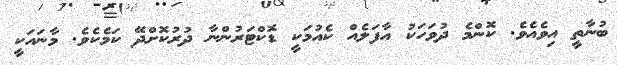
ބުނާތީ އިވެއެވެ. ކޮންމެ ދުވަހަކު އާފަލެއް ކެއުމަކީ ޑޮކްޓަރުންނާ ދުރުކޮށްދޭ ކަމެކެވެ. މާނައަކީ